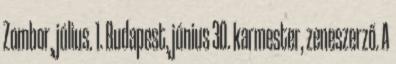
Zombor, július. 1. Budapest, június 30. karmester, zeneszerző. A